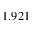
1 . 9 2 1